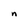
Character: n